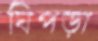
ঘিপড়া